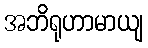
အဘိရုဟာမာယျ